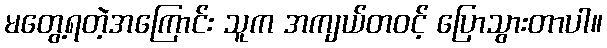
မတွေ့ရတဲ့အကြောင်း သူက အကျယ်တဝင့် ပြောသွားတာပါ။